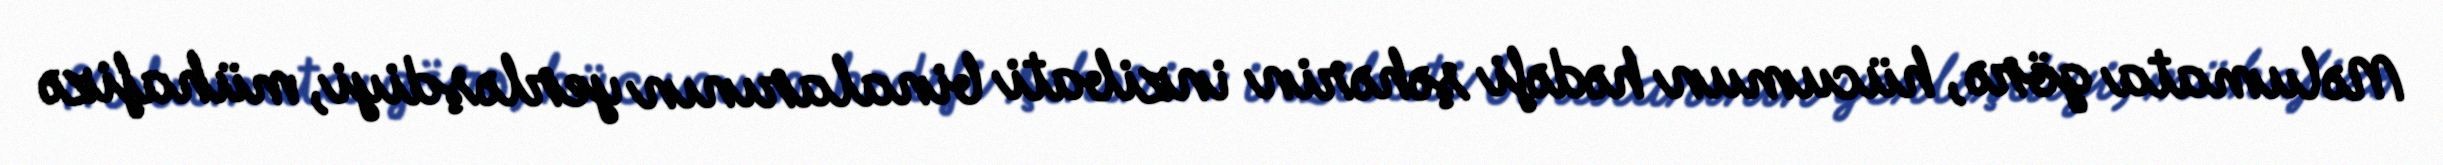
Məlumata görə, hücumun hədəfi şəhərin inzibati binalarının yerləşdiyi, mühafizə